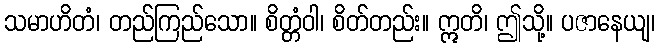
သမာဟိတံ၊ တည်ကြည်သော။ စိတ္တံဝါ၊ စိတ်တည်း။ ဣတိ၊ ဤသို့။ ပဇာနေယျ၊